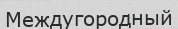
Междугородный